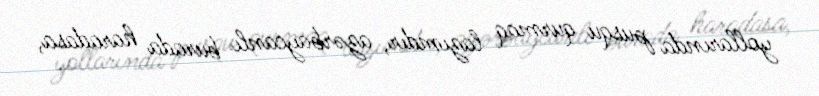
yollarında pusqu qurmaq lazımdır, azərbaycanlı burada haradasa,